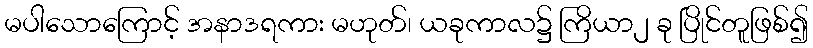
မပါသောကြောင့် အနာဒရကား မဟုတ်၊ ယခုကာလ၌ ကြိယာ၂ ခု ပြိုင်တူဖြစ်၍